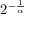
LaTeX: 2 ^ { - { \frac { 1 } { \alpha } } }